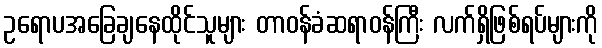
ဥရောပအခြေချနေထိုင်သူများ တာဝန်ခံဆရာဝန်ကြီး လက်ရှိဖြစ်ရပ်များကို